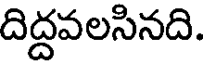
దిద్దవలసినది.